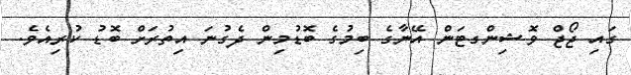
ގައި ޖޯޖް ވޮޝިންގޓަން އޭނާގެ ބިމުގެ ބޮޑުމިން ދެގުނަ އިތުރަށް ބޮޑު ކުރިއެވެ.